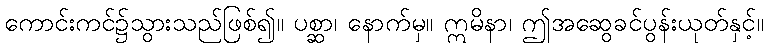
ကောင်းကင်၌သွားသည်ဖြစ်၍။ ပစ္ဆာ၊ နောက်မှ။ ဣမိနာ၊ ဤအဆွေခင်ပွန်းယုတ်နှင့်။